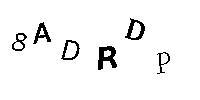
8ADRDP